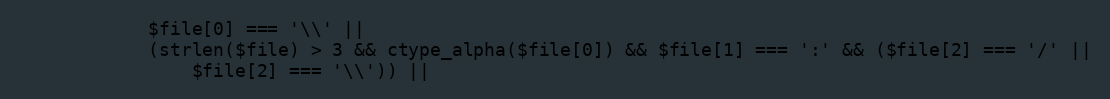
Language: PHP
            $file[0] === '\\' ||
            (strlen($file) > 3 && ctype_alpha($file[0]) && $file[1] === ':' && ($file[2] === '/' ||
                $file[2] === '\\')) ||